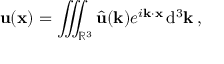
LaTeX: \mathbf { u } ( \mathbf { x } ) = \iiint _ { \mathbb { R } ^ { 3 } } { \hat { \mathbf { u } } } ( \mathbf { k } ) e ^ { i \mathbf { k \cdot x } } \, \mathrm { d } ^ { 3 } \mathbf { k } \, ,